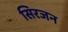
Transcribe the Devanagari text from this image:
सिरजन